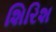
શિરિશ